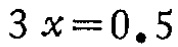
\(3x = 0.5\)